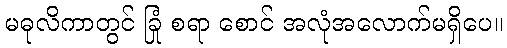
မဓုလိကာတွင် ခြုံ စရာ စောင် အလုံအလောက်မရှိပေ။